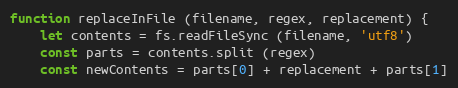
Language: JavaScript
function replaceInFile (filename, regex, replacement) {
    let contents = fs.readFileSync (filename, 'utf8')
    const parts = contents.split (regex)
    const newContents = parts[0] + replacement + parts[1]